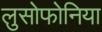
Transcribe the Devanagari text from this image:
लुसोफोनिया